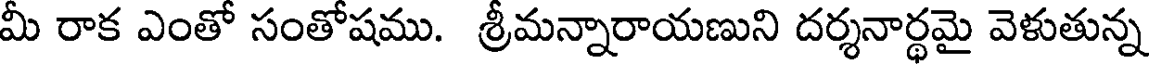
మీ రాక ఎంతో సంతోషము. శ్రీమన్నారాయణుని దర్శనార్థమై వెళుతున్న